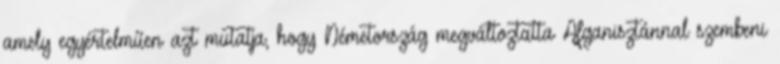
amely egyértelműen azt mutatja, hogy Németország megváltoztatta Afganisztánnal szembeni